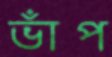
ভাঁপ